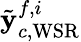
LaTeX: \tilde{{\mathbf y}}_{c,\mathrm{WSR}}^{f,i}